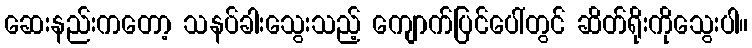
ဆေးနည်းကတော့ သနပ်ခါးသွေးသည့် ကျောက်ပြင်ပေါ်တွင် ဆိတ်ရိုးကိုသွေးပါ။